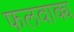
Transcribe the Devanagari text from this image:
फलवाक्य